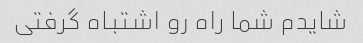
شایدم شما راه رو اشتباه گرفتی